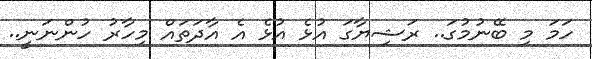
ހަމަ މި ބޭނުމުގަ.. ރަޝިޔާގަ އުޅެ އުޅެ އެ އާދަތައް މިހާރު ހުންނަނީ..